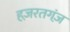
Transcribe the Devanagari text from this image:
हज़रतगंज़